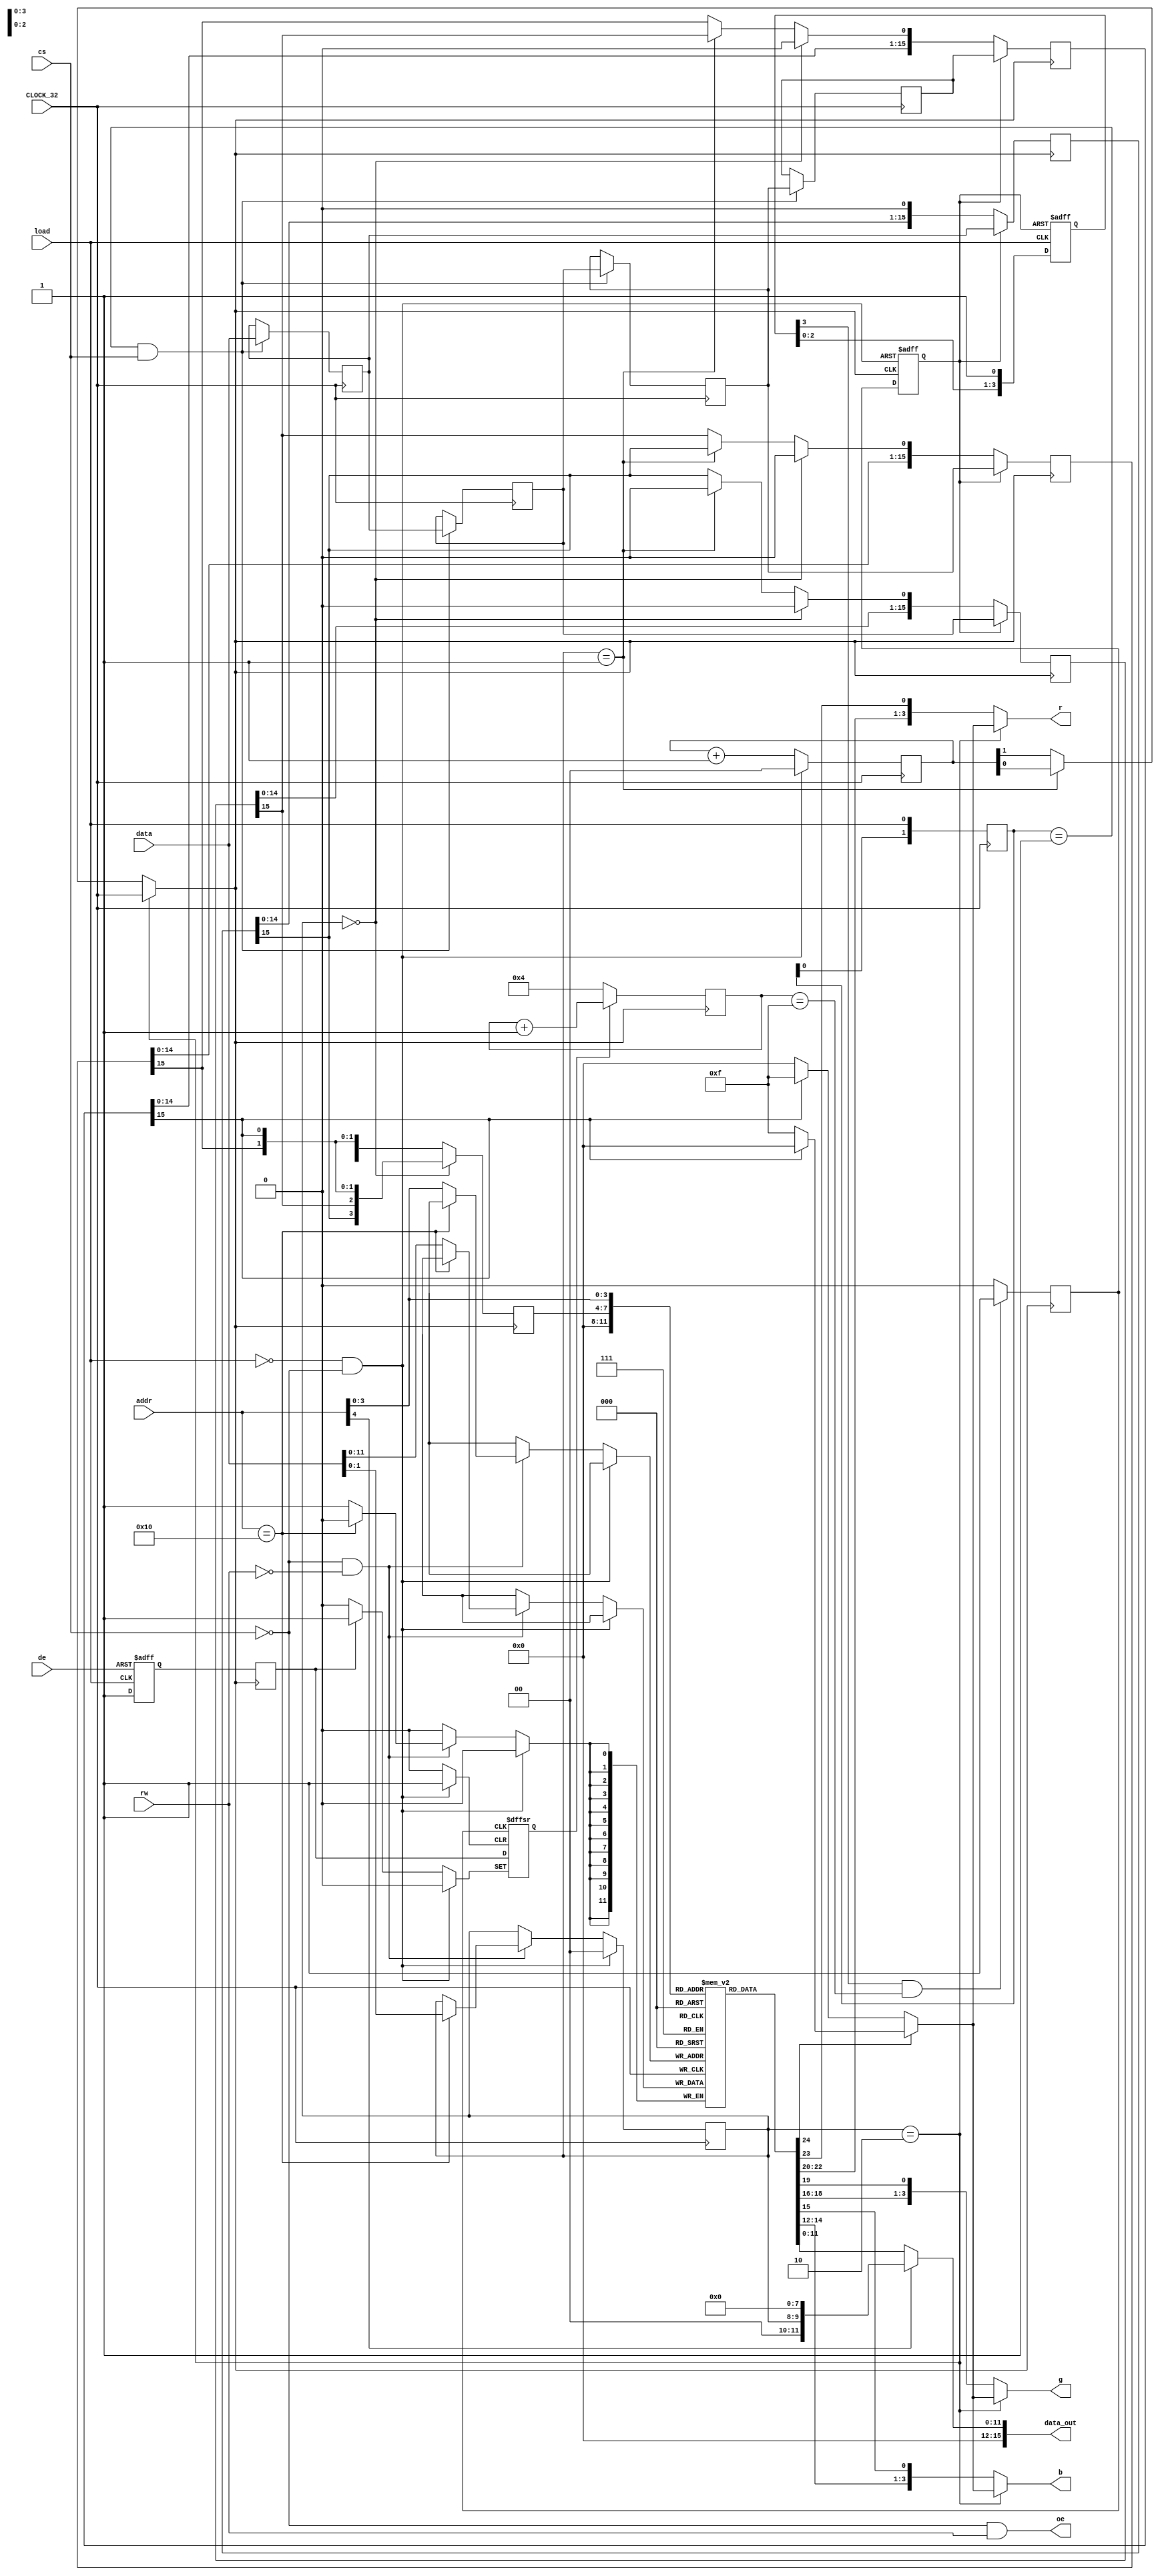
// Shifter model based on Ijor's reverse-engineering.

`define RISING 2'b01
`define FALLING 2'b10
`define HIGH 2'b11
`define LOW 2'b00

module shifter(CLOCK_32, de, cs, load, data, data_out, rw, addr, oe, r, g, b);
	input CLOCK_32;
	input de, cs, load, rw;
	input [15:0] data;
	output [15:0] data_out;
	input [4:0] addr;
	output oe;
		
	// STE-style palettes with LSB in position 3
	output [3:0] r;
	output [3:0] g; 
	output [3:0] b;

	wire [3:0] mono_intensity;

	reg [15:0] shift_rr[3:0];
	reg [15:0] shift_ir[3:0];
	reg [1:0] resolution;
	reg [11:0] palette [15:0];
	wire [63:0] shift_ir_test;
	
	// For use of gtkwave
	assign shift_ir_test = {
		shift_ir[0], shift_ir[1], shift_ir[2], shift_ir[3]
	};
	wire [63:0] shift_rr_test;
	assign shift_rr_test = {
		shift_rr[0], shift_rr[1], shift_rr[2], shift_rr[3]
	};
	
	wire [3:0] palette_low;
	wire [1:0] palette_med;
	wire mono;
	
	reg [3:0] palette_index;
	wire reset;
	
	reg [1:0] de_state;
	reg [1:0] load_state;
	reg [3:0] load_count;
	
	reg load_detect;
	reg reload;
	reg reload_delay;
	reg [3:0] pixel_count;
	reg load_detect_delay;
	reg pixel_counter_enable;
	reg shifter_running;
	reg first_load_seen;
	reg [2:0] loads_seen;

	wire pixel_clock;

	assign reset = (!load) && (!cs);
	assign mono = shift_rr[0][15];
	assign mono_intensity = palette[0][0] == 0 ?
		(mono ? 4'b1111 : 4'b0) : (mono ? 4'b0 : 4'b1111);
	assign r = resolution == 2 ? mono_intensity : 
		    {palette[palette_index][10:8], palette[palette_index][11]};
	assign g = resolution == 2 ? mono_intensity :
		    {palette[palette_index][6:4], palette[palette_index][7]};
	assign b = resolution == 2 ? mono_intensity :
		    {palette[palette_index][2:0], palette[palette_index][3]};

	assign palette_low = {
		shift_rr[3][15], 
		shift_rr[2][15],
		shift_rr[1][15], 
		shift_rr[0][15]
	};

	assign palette_med = {
		shift_rr[1][15], 
		shift_rr[0][15]
	};
	
	// data bus
	assign oe = (!cs) && rw;
	assign data_out = addr[4] == 1 ? {6'b0, resolution, 8'b0} : {4'b0, palette[addr[3:0]]};

	reg [1:0] speed_divider;
	
	assign pixel_clock = resolution == 2 ? CLOCK_32 :
		(resolution == 1 ? speed_divider[0] : speed_divider[1]);
	
	// Generate 16MHz and 8MHz pixel clocks from 32MHz clock
	always @(posedge CLOCK_32) begin
		if (reset) begin
			speed_divider <= 0;
		end else begin
			speed_divider <= speed_divider + 2'b1;
		end
	end
	
	initial begin
	    shift_rr[0] = 0;
	    shift_rr[1] = 0;
	    shift_rr[2] = 0;
	    shift_rr[3] = 0;
		load_detect = 0;
		load_detect_delay = 0;
		load_state = 2'b11; // because it's active low
		de_state = 0;
		load_count = 0;
		resolution = 0;
		pixel_count = 0;
		pixel_counter_enable = 0;
		speed_divider = 2'b0;
		reload = 0;
	end
	
	// Shift registers for detecting edges/levels
	always @(posedge CLOCK_32) begin
		de_state <= {de_state[0], de};
		load_state <= {load_state[0], load};
	end	
	
	always @(posedge load or posedge reload_delay) begin
		// Count loads by shifting ones into this shift register
		if (reload_delay) begin
			load_count <= 4'b0000;
		end else if (load) begin
			load_count <= {load_count[2:0], 1'b1};
		end
	end
	
	// shifter reload
	always @(posedge pixel_clock) begin
	    if (load_count[3] && pixel_count == 4'b1111) begin
			reload = 1;
		end else begin
			reload = 0;
		end
	end
	
	// reload_delay
	always @(posedge pixel_clock or posedge reset) begin
	    if (reset) begin
	        reload_delay = 0;
	    end else begin
	        reload_delay = reload;
	    end
    end
	
	// load detect
	wire n_de;
	assign n_de = ~de;
	always @(posedge load or posedge n_de) begin
		if (n_de) begin
			load_detect = 0;
		end else if (load) begin
			load_detect = 1;
		end
	end
	
	always @(posedge pixel_clock) begin
		load_detect_delay = load_detect;
	end
    
	always @(posedge load_detect_delay or posedge reload or posedge reset) begin
		if (load_detect_delay) begin
			pixel_counter_enable = 1;
		end else if (reset) begin
			pixel_counter_enable = 0;
		end else if (reload) begin
			pixel_counter_enable = load_detect_delay;
		end
	end
	
	always @(posedge pixel_clock) begin
		if (pixel_counter_enable) begin
			pixel_count <= pixel_count + 4'b1;
		end else begin
			pixel_count <= 4'd4; 
		end
	end
	
	always @(posedge pixel_clock) begin
		if (reload_delay) begin
			// Refill shifter when empty
			shift_rr[0] <= shift_ir[0];
			shift_rr[1] <= shift_ir[1];
			shift_rr[2] <= shift_ir[2];
			shift_rr[3] <= shift_ir[3];
		end else begin
			// normal shift
			if (resolution == 0) begin
				// lo-res, every 4th clock
				shift_rr[0] <= {shift_rr[0][14:0], 1'b0};
				shift_rr[1] <= {shift_rr[1][14:0], 1'b0};
				shift_rr[2] <= {shift_rr[2][14:0], 1'b0};
				shift_rr[3] <= {shift_rr[3][14:0], 1'b0};		
			end else if (resolution == 1) begin
				// Medium res, every 2nd clock
				shift_rr[0] <= {shift_rr[0][14:0], shift_rr[2][15]};
				shift_rr[1] <= {shift_rr[1][14:0], shift_rr[3][15]};
				shift_rr[2] <= {shift_rr[2][14:0], 1'b0};
				shift_rr[3] <= {shift_rr[3][14:0], 1'b0};		
			end else begin
				// Monochrome, every clock
				shift_rr[0] <= {shift_rr[0][14:0], shift_rr[1][15]};
				shift_rr[1] <= {shift_rr[1][14:0], shift_rr[2][15]};
				shift_rr[2] <= {shift_rr[2][14:0], shift_rr[3][15]};
				shift_rr[3] <= {shift_rr[3][14:0], 1'b0};
			end
		end
	end
	
	// register writes
	always @(posedge CLOCK_32) begin
		if (reset) begin
			resolution <= 2'b0;
		end else if (!cs && !rw) begin
			if (addr == 16) begin
				resolution <= data[1:0];
			end else begin
				palette[addr[3:0]] <= data[11:0];
			end
		end
	end

	// load shifter
	always @(posedge CLOCK_32) begin
		if (load_state == `RISING && cs) begin
			// Shift them all over by one
			shift_ir[3] <= data;
			shift_ir[2] <= shift_ir[3];
			shift_ir[1] <= shift_ir[2];
			shift_ir[0] <= shift_ir[1];
		end
	end
	
	// Assign palette index
	always @(posedge pixel_clock) begin
		palette_index <= resolution == 0 ? palette_low : {2'b00, palette_med};
	end	

endmodule